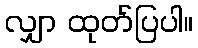
လျှာ ထုတ်ပြပါ။